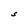
Character: S